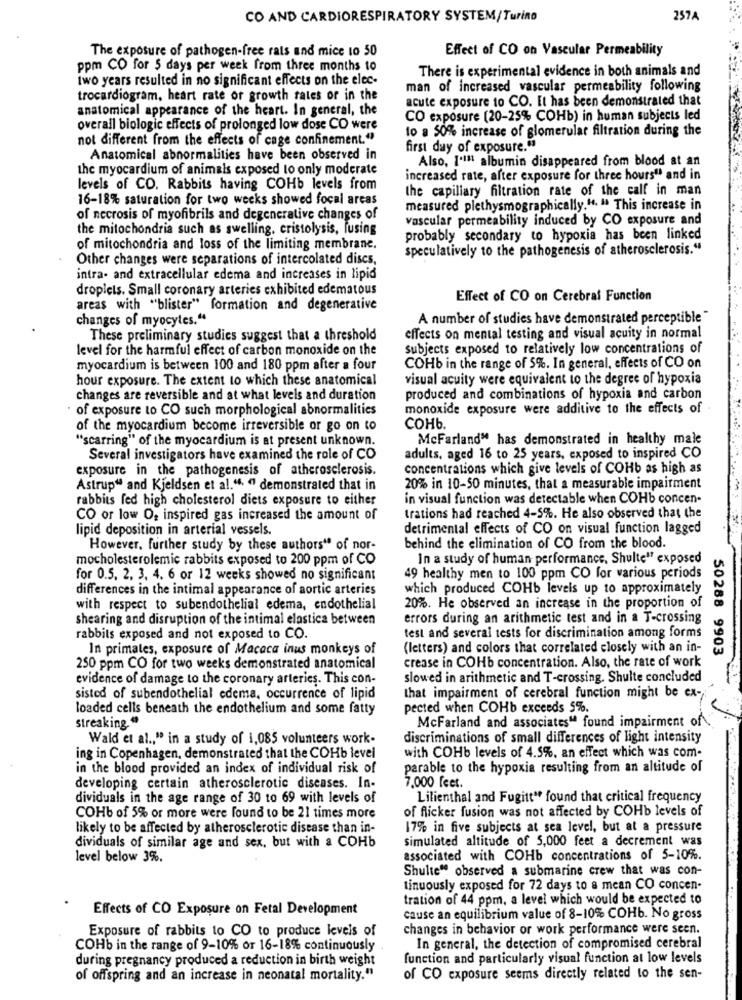
CO AND CARDIORESPIRATORY SYSTEM/Turino
257A
The exposure of pathogen-free rats and mice 10 50
Effect of CO on Vascular Permeability
ppm CO for 5 days per week from three months to
There is experimental evidence in both animals and
two years resulted in no significant effects on the elec-
man of increased vascular permeability following
trocardiogram, heart rate or growth rates or in the
acute exposure to CO. It has been demonstrated that
anatomical appearance of the heart. In general, the
CO exposure (20-25% COHb) in human subjects led
overall biologic effects of prolonged low dose CO were
to a 50% increase of glomerular filtration during the
not different from the effects of cage confinement."
first day of exposure."
Anatomical abnormalities have been observed in
Also, 1'I" albumin disappeared from blood at an
the myocardium of animals exposed to only moderate
increased rate, after exposure for three hours" and in
levels of CO. Rabbits having COHb levels from
the capillary filtration rate of the calf in man
16-18% saturation for two weeks showed focal areas
measured plethysmographically.". " This increase in
of necrosis of myofibrils and degenerative changes of
vascular permeability induced by CO exposure and
the mitochondria such as swelling. cristolysis, fusing
probably secondary to hypoxia has been linked
of mitochondria and loss of the limiting membrane.
speculatively to the pathogenesis of atherosclerosis."
Other changes were separations of intercolated discs,
intra- and extracellular edema and increases in lipid
droplets. Small coronary arteries exhibited edematous
Effect of CO on Cerebral Function
areas with "blister" formation and degenerative
changes of myocytes."
A number of studies have demonstrated perceptible "
These preliminary studies suggest that a threshold
effects on mental testing and visual acuity in normal
level for the harmful effect of carbon monoxide on the
subjects exposed to relatively low concentrations of
myocardium is between 100 and 180 ppm after a four
COHb in the range of 5%. In general, effects of CO on
hour exposure. The extent to which these anatomical
visual acuity were equivalent to the degree of hypoxia
changes are reversible and at what levels and duration
produced and combinations of hypoxia and carbon
of exposure to CO such morphological abnormalities
monoxide exposure were additive to the effects of
of the myocardium become irreversible or go on to
сонь.
"scarring" of the myocardium is at present unknown.
McFarland" has demonstrated in healthy male
Several investigators have examined the role of CO
adults, aged 16 to 25 years, exposed to inspired CO
exposure in the pathogenesis of atherosclerosis.
concentrations which give levels of COHb as high as
Astrup“ and Kjeldsen et al.“. " demonstrated that in
20% in 10-50 minutes, that a measurable impairment
rabbits fed high cholesterol diets exposure to either
in visual function was detectable when COHb concen-
CO or low O, inspired gas increased the amount of
trations had reached 4-5%. He also observed that the
lipid deposition in arterial vessels.
detrimental effects of CO on visual function lagged
However, further study by these authors" of nor-
behind the elimination of CO from the blood.
mocholesterolemic rabbits exposed to 200 ppm of CO
in a study of human performance, Shulte' exposed
for 0.5. 2. 3. 4. 6 or 12 weeks showed no significant
49 healthy men to 100 ppm CO for various periods
differences in the intimal appearance of aortic arteries
which produced COHb levels up to approximately
with respect to subendothelial edema, endothelial
20%. He observed an increase in the proportion of
shearing and disruption of the intimal elastica between
errors during an arithmetic test and in a T-crossing
rabbits exposed and not exposed to CO.
test and several tests for discrimination among forms
In primales, exposure of Macaca inus monkeys of
(letters) and colors that correlated closely with an in-
50288 9903
crease in COHb concentration. Also, the rate of work
250 ppm CO for two weeks demonstrated anatomical
evidence of damage to the coronary arteries. This con-
slowed in arithmetic and T-crossing. Shulte concluded
sisted of subendothelial edema, occurrence of lipid
that impairment of cerebral function might be ex -,
loaded cells beneath the endothelium and some fatty
pected when COHb exceeds 5%.
McFarland and associates" found impairment of
streaking."
Wald et al ., " in a study of 1,085 volunteers work-
discriminations of small differences of light intensity
ing in Copenhagen, demonstrated that the COHb level
with COHb levels of 4.5%, an effect which was com-
in the blood provided an index of individual risk of
parable to the hypoxia resulting from an altitude of
developing certain atherosclerotic diseases. In-
7,000 feet.
dividuals in the age range of 30 to 69 with levels of
Lilienthal and Fugitt* found that critical frequency
of flicker fusion was not affected by COHb levels of
COHb of 5% or more were found to be 21 times more
likely to be affected by atherosclerotic disease than in-
17% in five subjects at sea level, but at a pressure
simulated altitude of 5,000 feet a decrement was
dividuals of similar age and sex, but with a COHb
level below 3%.
associated with COHb concentrations of 5-10%.
Shulte" observed a submarine crew that was con-
tinuously exposed for 72 days to a mean CO concen.
tration of 44 ppm, a level which would be expected to
Effects of CO Exposure on Fetal Development
cause an equilibrium value of 8-10% COHb. No gross
Exposure of rabbits to CO to produce levels of
changes in behavior or work performance were seen.
COHb in the range of 9-10% or 16-18% continuously
In general, the detection of compromised cerebral
during pregnancy produced a reduction in birth weight
function and particularly visual function at low levels
of offspring and an increase in neonatal mortality."
of CO exposure seems directly related to the sen-